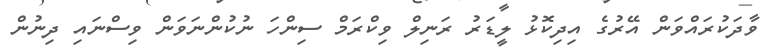
ވާދަކުރައްވަން އޭރުގެ އިދިކޮޅު ލީޑަރު ރަނިލް ވިކްރަމް ސިންހަ ނުކުންނަވަން ވިސްނައި ދިނުން